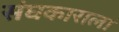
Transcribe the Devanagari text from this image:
संघकाराला